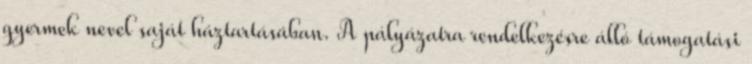
gyermek nevel saját háztartásában. A pályázatra rendelkezésre álló támogatási